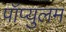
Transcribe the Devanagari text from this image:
पॉप्युलम